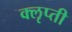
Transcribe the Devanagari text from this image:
क्लृप्ती